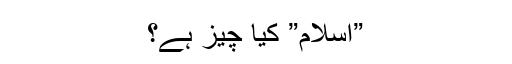
”اسلام” کیا چیز ہے؟